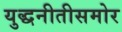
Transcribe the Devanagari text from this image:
युद्धनीतीसमोर